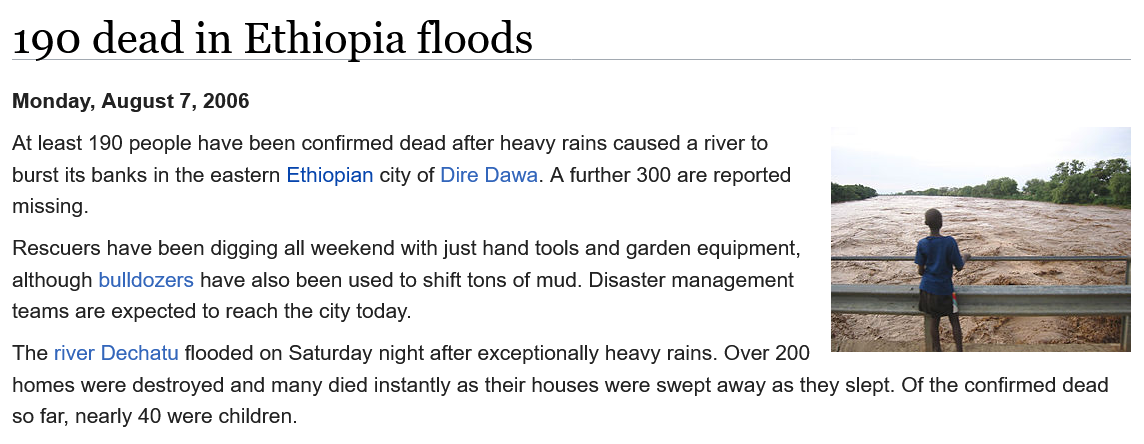
190   dead    in   Ethiopia    floods
  At least 190 people have been confirmed dead after heavy rains caused a river to
  burst its banks in the eastern Ethiopian city of Dire Dawa. A further 300 are reported
  missing.
  Rescuers have been digging all weekend with just hand tools and garden equipment,
  although bulldozers have also been used to shift tons of mud. Disaster management
  teams are expected to reach the city today.
  The river Dechatu flooded on Saturday night after exceptionally heavy rains. Over 200
  homes were destroyed and many died instantly as their houses were swept away as they slept. Of the confirmed dead
  so far, nearly 40 were children.
  Monday, August 7, 2006